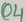
Text: Q4